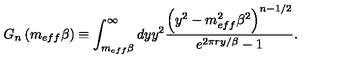
G _ { n } \left( m _ { e f f } \beta \right) \equiv \int _ { m _ { e f f } \beta } ^ { \infty } d y y ^ { 2 } \frac { \left( y ^ { 2 } - m _ { e f f } ^ { 2 } \beta ^ { 2 } \right) ^ { n - 1 / 2 } } { e ^ { 2 \pi r y / \beta } - 1 } .